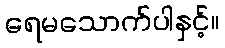
ရေမသောက်ပါနှင့်။